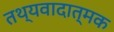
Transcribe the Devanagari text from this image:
तथ्यवादात्मक